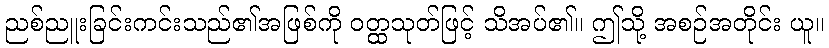
ညစ်ညူးခြင်းကင်းသည်၏အဖြစ်ကို ဝတ္ထသုတ်ဖြင့် သိအပ်၏။ ဤသို့ အစဉ်အတိုင်း ယူ။